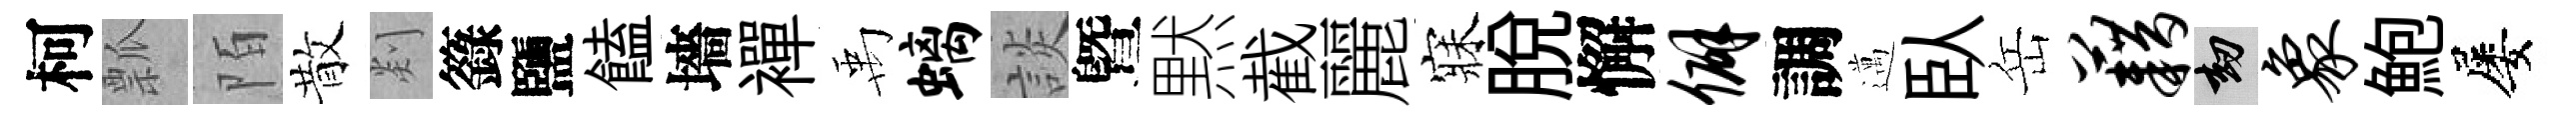
柯瓢陌散剡籙鹽饁墻襌禹螭談曁黙截麗寐脱懈僻調邁臥岳藉劫象鮑屡